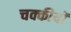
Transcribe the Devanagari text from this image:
चक्कीयों